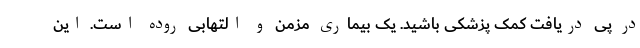
در پی دریافت کمک پزشکی باشید. یک بیماری مزمن و التهابی روده است. این